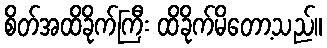
စိတ်အထိခိုက်ကြီး ထိခိုက်မိတော့သည်။